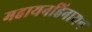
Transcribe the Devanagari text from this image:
महायनहिनायन